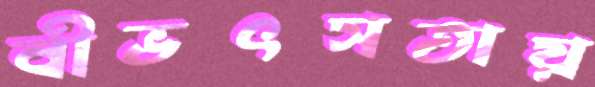
বীভৎসতায়